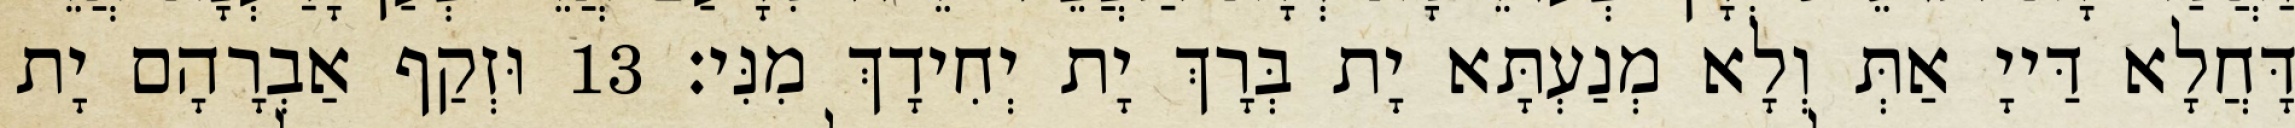
דָּחֲלָא דַּייָ אַתְּ וְלָא מְנַעְתָּא יָת בְּרָךְ יָת יְחִידָךְ מִנִּי׃ 13 וּזְקַף אַבְרָהָם יָת